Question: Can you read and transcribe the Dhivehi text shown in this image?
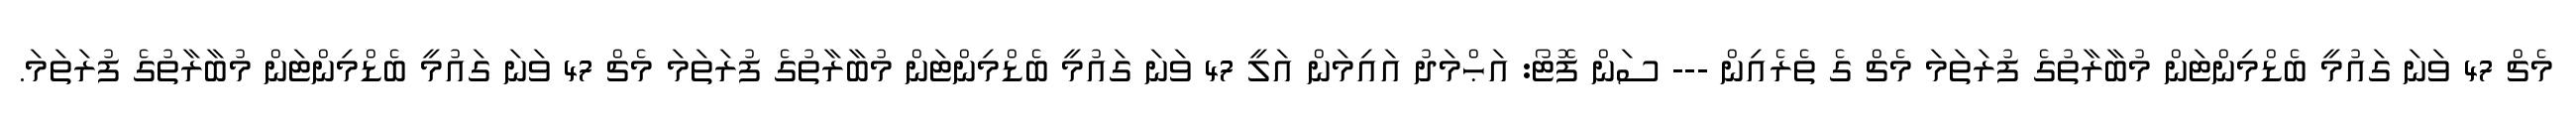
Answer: މެޗް 47 ވަނަ ގައުމީ ބެޑްމިންޓަން މުބާރާތުގެ ފުރަތަމަ މެޗް ގެ ތެރެއިން --- ސަން ފޮޓޯ: އަޙްމަދު އައިމަން އަލީ 47 ވަނަ ގައުމީ ބެޑްމިންޓަން މުބާރާތުގެ ފުރަތަމަ މެޗް 47 ވަނަ ގައުމީ ބެޑްމިންޓަން މުބާރާތުގެ ފުރަތަމަ.